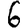
Digit: 6